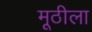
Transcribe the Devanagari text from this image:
मूठीला